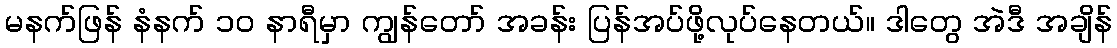
မနက်ဖြန် နံနက် ၁၀ နာရီမှာ ကျွန်တော် အခန်း ပြန်အပ်ဖို့လုပ်နေတယ်။ ဒါတွေ အဲဒီ အချိန်